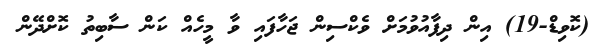
(ކޮވިޑް-19) އިން ދިފާއުވުމަށް ވެކްސިން ޖަހާފައި ވާ މީހެއް ކަން ސާބިތު ކޮށްދޭން